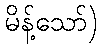
မိန့်သော်)